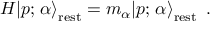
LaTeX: H | p ; \left. \alpha \right\rangle _ { \mathrm { r e s t } } = m _ { \alpha } | p ; \left. \alpha \right\rangle _ { \mathrm { r e s t } } ~ .